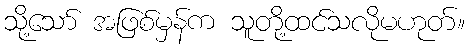
သို့သော် အဖြစ်မှန်က သူတို့ထင်သလိုမဟုတ်။